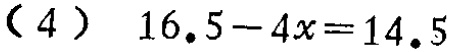
(4) \(16.5 - 4x = 14.5\)